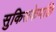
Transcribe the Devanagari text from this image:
सुकिसकेपछि